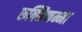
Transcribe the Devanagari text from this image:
रुक्मिणम्मा